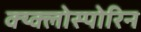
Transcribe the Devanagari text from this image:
क्य्क्लोस्पोरिन